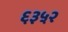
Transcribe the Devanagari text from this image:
६३५२